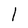
Character: l